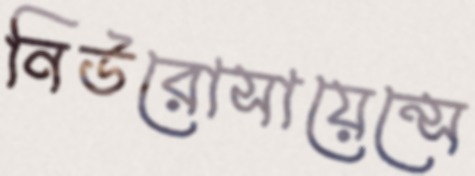
নিউরোসায়েন্সে